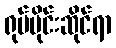
ရုပ်ပိုင်းဆိုင်ရာ